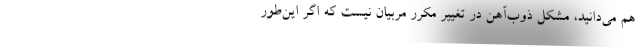
هم می‌دانید، مشکل ذوب‌آهن در تغییر مکرر مربیان نیست که اگر این‌طور